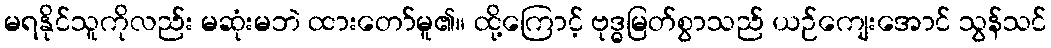
မရနိုင်သူကိုလည်း မဆုံးမဘဲ ထားတော်မူ၏။ ထို့ကြောင့် ဗုဒ္ဓမြတ်စွာသည် ယဉ်ကျေးအောင် သွန်သင်